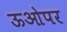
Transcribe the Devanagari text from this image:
ऊओपर